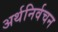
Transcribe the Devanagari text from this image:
अर्थनिर्वचन